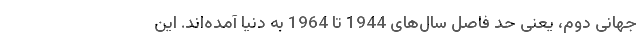
جهانی دوم، یعنی حد فاصل سال‌های 1944 تا 1964 به دنیا آمده‌اند. این